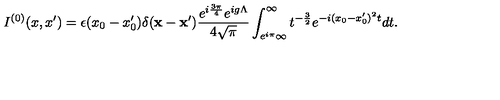
I ^ { ( 0 ) } ( x , x ^ { \prime } ) = \epsilon ( x _ { 0 } - x _ { 0 } ^ { \prime } ) \delta ( { \bf x - x ^ { \prime } } ) \frac { e ^ { i \frac { 3 \pi } { 4 } } e ^ { i g \Lambda } } { 4 \sqrt { \pi } } \int _ { e ^ { i \pi } \infty } ^ { \infty } t ^ { - \frac { 3 } { 2 } } e ^ { - i ( x _ { 0 } - x _ { 0 } ^ { \prime } ) ^ { 2 } t } d t .